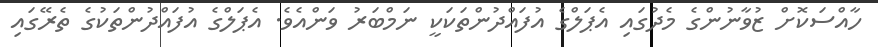
ހާއްސަކޮށް ޒުވާނުންގެ މެދުގައި އެޕަލްގެ އުފައްދުންތަކަކީ ނަމްބަރު ވަންއެވެ. އެޕަލްގެ އުފައްދުންތަކުގެ ތެރޭގައި